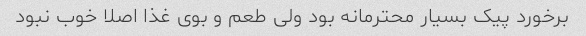
برخورد پیک بسیار محترمانه بود ولی طعم و بوی غذا اصلا خوب نبود